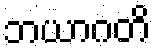
ဘယာဂတိ